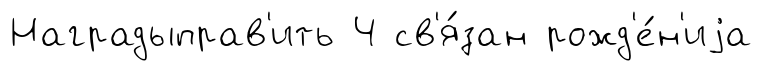
Наградыправ'ить Ч св'я́зан рожд'е́н'иjа